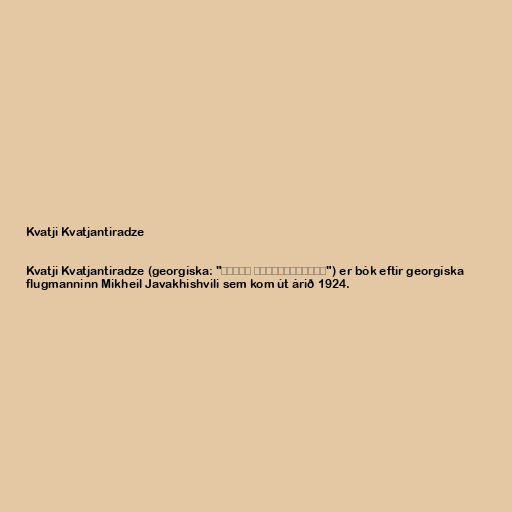
Kvatji Kvatjantiradze

Kvatji Kvatjantiradze (georgíska: "კვაჭი კვაჭანტირაძე") er bók eftir georgíska
flugmanninn Mikheil Javakhishvili sem kom út árið 1924.